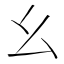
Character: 幺